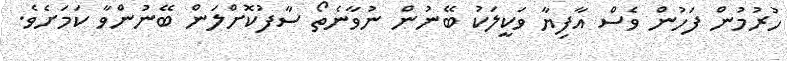
ހުރުމުން ފަހުން ވެސް އާފިޔާ ވަކީލަކު ބޭނުން ނުވާނެތޯ ސާފުކޮށްލަން ބޭނުންވާ ކަމަށެވެ.